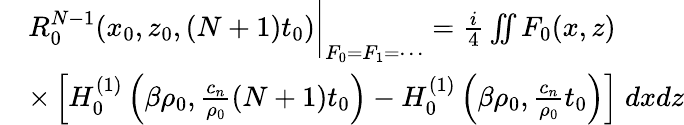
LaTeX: \begin{array}{rl}&{R_{0}^{N-1}(x_{0},z_{0},(N+1)t_{0})\bigg\rvert_{F_{0}=F_{1}=\cdots}=\frac{i}{4}\iint F_{0}(x,z)}\\ &{\times\left[H_{0}^{(1)}\left(\beta\rho_{0},\frac{c_{n}}{\rho_{0}}(N+1)t_{0}\right)-H_{0}^{(1)}\left(\beta\rho_{0},\frac{c_{n}}{\rho_{0}}t_{0}\right)\right]\; dxdz}\end{array}